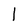
Character: l